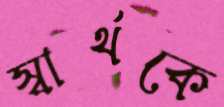
স্বার্থকে